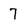
Character: 7